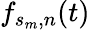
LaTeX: f_{s_{m},n}(t)